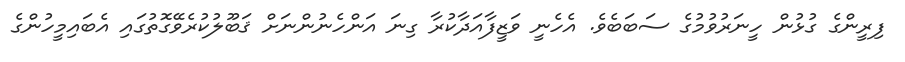
ފިރީންގެ ގުޅުން ހީނަރުވުމުގެ ސަބަބެވެ. އެހެނީ ވަޒީފާއަދާކުރާ ގިނަ އަންހެނުންނަށް ޤަބޫލުކުރެވޭގޮތުގައި އެބައިމީހުންގެ